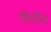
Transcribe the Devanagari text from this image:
चौधरींना